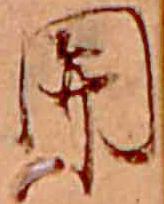
関